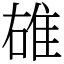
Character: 䧺